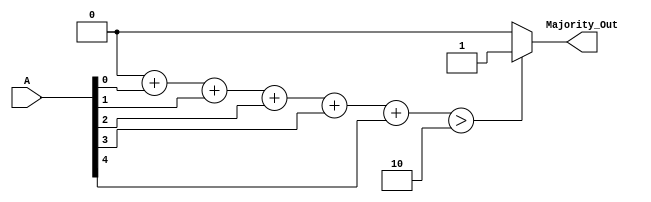
module majority_voter (
    input [4:0] A,            // 5-bit input representing N=5 input signals
    output reg Majority_Out   // Output signal for majority result
);

    // Internal logic to count the number of 1s
    integer count_ones;        // Counter for number of 1s
    integer i;

    always @(*) begin
        count_ones = 0;

        // Count the number of 1s in the input signals
        for (i = 0; i < 5; i = i + 1) begin
            count_ones = count_ones + A[i];
        end

        // Determine the majority output
        if (count_ones > 2) begin       // Majority is > N/2 where N=5
            Majority_Out = 1'b1;        // More than half are 1s
        end else begin
            Majority_Out = 1'b0;        // Less than or equal to half are 1s
        end
    end
endmodule